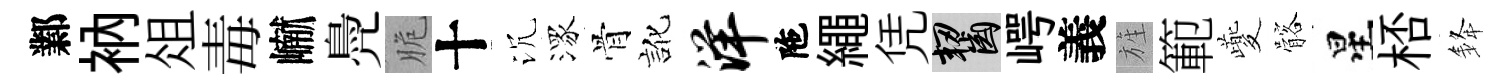
鄴衲俎毒𪩘鳧脆十沉潈骨訛洋陁繩凭齧崿義旌範夔髂星桮𨦟